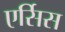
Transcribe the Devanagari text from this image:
एर्सिस